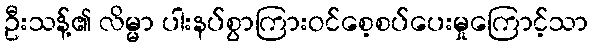
ဦးသန့်၏ လိမ္မာ ပါးနပ်စွာကြားဝင်စေ့စပ်ပေးမှုကြောင့်သာ